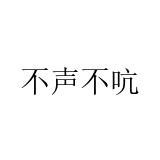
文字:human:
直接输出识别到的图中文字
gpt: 不声不吭